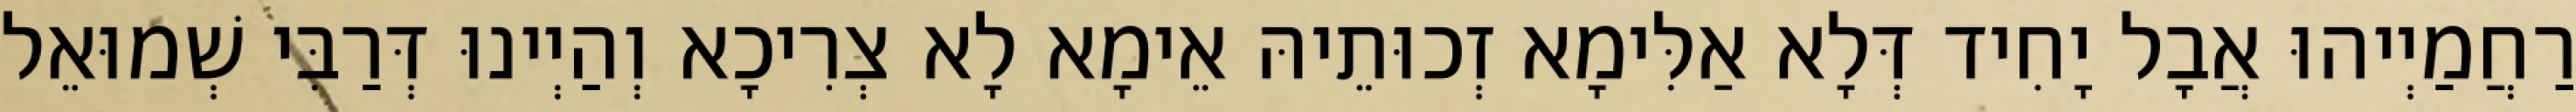
רַחֲמַיְיהוּ אֲבָל יָחִיד דְּלָא אַלִּימָא זְכוּתֵיהּ אֵימָא לָא צְרִיכָא וְהַיְינוּ דְּרַבִּי שְׁמוּאֵל